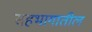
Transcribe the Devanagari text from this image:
सहभागातील